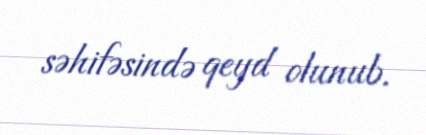
səhifəsində qeyd olunub.